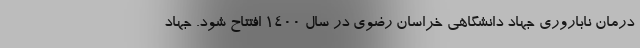
درمان ناباروری جهاد دانشگاهی خراسان رضوی در سال ۱۴۰۰ افتتاح شود. جهاد